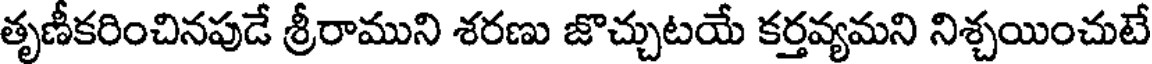
తృణీకరించినపుడే శ్రీరాముని శరణు జొచ్చుటయే కర్తవ్యమని నిశ్చయించుటే